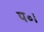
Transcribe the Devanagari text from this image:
प॰।